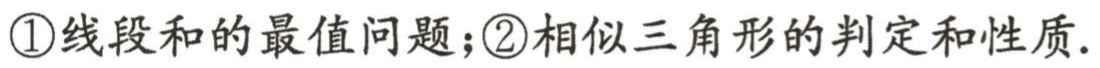
\textcircled{1}线段和的最值问题；\textcircled{2}相似三角形的判定和性质.